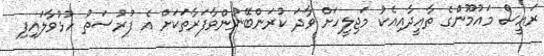
ރައީސް މައުމޫންގެ ތާއީދާއިއެކު މަޖިލީހަށް ވާދަ ކުރަންބޭނުންވާފަރާތަކަށް އެ ފުރުސަތު ހުޅުވާލަައިފި